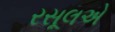
રસૂલએ